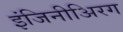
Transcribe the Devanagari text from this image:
इंजिनीअिरग